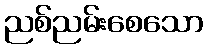
ညစ်ညမ်းစေသော